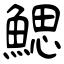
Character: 鰓